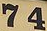
7 4